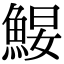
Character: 𩷑